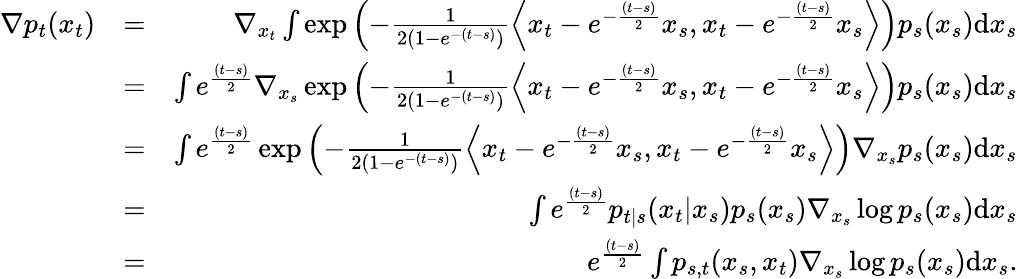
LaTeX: \begin{array}{rlr}{\nabla p_{t}(x_{t})}&{=}&{\nabla_{x_{t}}\int\exp\left(-\frac{1}{2(1-e^{-(t-s)})}\left\langle x_{t}-e^{-\frac{(t-s)}{2}}x_{s},x_{t}-e^{-\frac{(t-s)}{2}}x_{s}\right\rangle\right)p_{s}(x_{s})\mathrm{d}x_{s}}\\ &{=}&{\int e^{\frac{(t-s)}{2}}\nabla_{x_{s}}\exp\left(-\frac{1}{2(1-e^{-(t-s)})}\left\langle x_{t}-e^{-\frac{(t-s)}{2}}x_{s},x_{t}-e^{-\frac{(t-s)}{2}}x_{s}\right\rangle\right)p_{s}(x_{s})\mathrm{d}x_{s}}\\ &{=}&{\int e^{\frac{(t-s)}{2}}\exp\left(-\frac{1}{2(1-e^{-(t-s)})}\left\langle x_{t}-e^{-\frac{(t-s)}{2}}x_{s},x_{t}-e^{-\frac{(t-s)}{2}}x_{s}\right\rangle\right)\nabla_{x_{s}}p_{s}(x_{s})\mathrm{d}x_{s}}\\ &{=}&{\int e^{\frac{(t-s)}{2}}p_{t|s}(x_{t}|x_{s})p_{s}(x_{s})\nabla_{x_{s}}\log p_{s}(x_{s})\mathrm{d}x_{s}}\\ &{=}&{e^{\frac{(t-s)}{2}}\int p_{s,t}(x_{s},x_{t})\nabla_{x_{s}}\log p_{s}(x_{s})\mathrm{d}x_{s}.}\end{array}